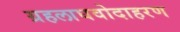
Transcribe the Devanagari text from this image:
ग्रहलाघवोदाहरण